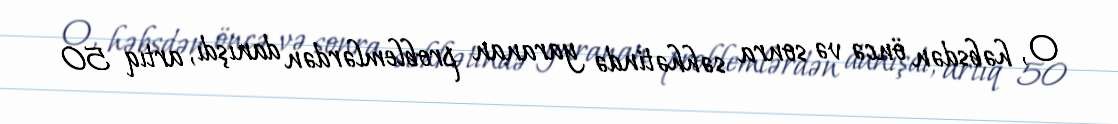
O, həbsdən öncə və sonra səhhətində yaranan problemlərdən danışdı, artıq 50